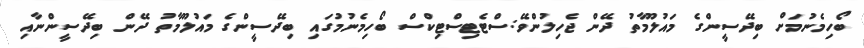
ބޯހިމެނުމަށް ބިދޭސީންގެ މައުލޫމާތު ދޭން ޖެހިލުންވޭ:ސްޓެޓިސްޓިކްސް ބޯހިމެނުމުގައި ބިދޭސީންގެ މައުލޫމާތު ދޭން ބިދޭސީންނާއި